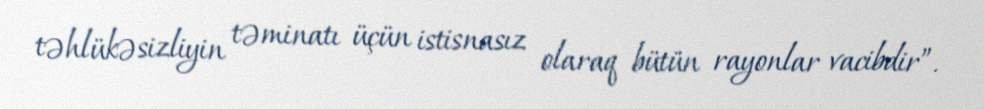
təhlükəsizliyin təminatı üçün istisnasız olaraq bütün rayonlar vacibdir”.